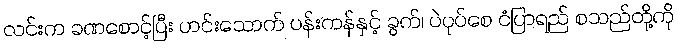
လင်းက ခဏစောင့်ပြီး ဟင်းသောက် ပန်းကန်နှင့် ခွက်၊ ပဲပုပ်စေ ငံပြာရည် စသည်တို့ကို